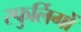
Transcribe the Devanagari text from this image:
स्फुर्लिगों